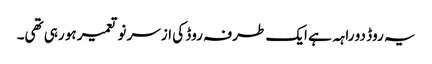
یہ روڈ دو راہہ ہے ایک طرفہ روڈ کی ازسر نو تعمیر ہو رہی تھی۔